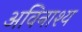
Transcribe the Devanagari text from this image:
अविनाश्य